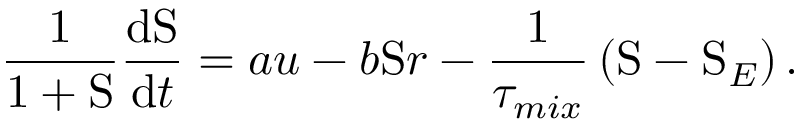
\frac { 1 } { 1 + \mathrm { S } } \frac { \mathrm { d } \mathrm { S } } { \mathrm { d } t } = a u - b \mathrm { S } r - \frac { 1 } { \tau _ { m i x } } \left( \mathrm { S } - \mathrm { S } _ { E } \right) .